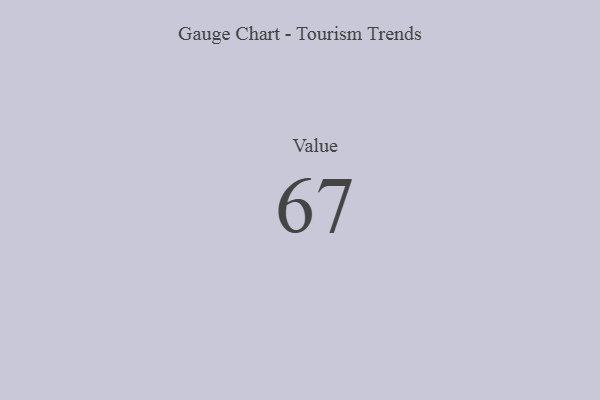
{"axis": {"x": "Metric", "y": "Value"}, "legend": [""], "data": [{"x": "Value", "y": 67, "type": ""}]}